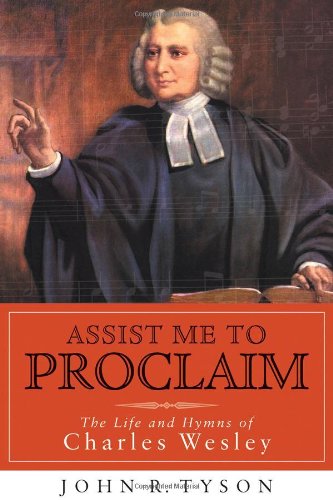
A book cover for Assist Me to Proclaim: The Life and Hymns of Charles Wesley; John R. Tyson; Christian Books & Bibles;